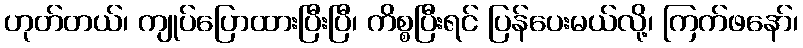
ဟုတ်တယ်၊ ကျုပ်ပြောထားပြီးပြီ၊ ကိစ္စပြီးရင် ပြန်ပေးမယ်လို့၊ ကြက်ဖနော်၊